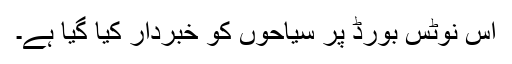
اس نوٹس بورڈ پر سیاحوں کو خبردار کیا گیا ہے۔